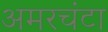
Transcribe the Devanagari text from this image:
अमरचंटा